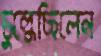
চুল্‌কেছিলেন